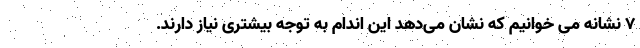
۷ نشانه می خوانیم که نشان می‌دهد این اندام به توجه بیشتری نیاز دارند.